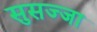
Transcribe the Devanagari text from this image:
सुसज्जा